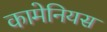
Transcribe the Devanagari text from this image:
कामेनियस